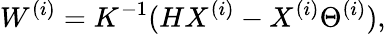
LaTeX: W^{(i)}=K^{-1}(HX^{(i)}-X^{(i)}\Theta^{(i)}),